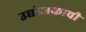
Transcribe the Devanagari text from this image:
उद्योजकाची